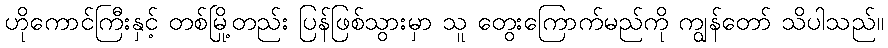
ဟိုကောင်ကြီးနှင့် တစ်မြို့တည်း ပြန်ဖြစ်သွားမှာ သူ တွေးကြောက်မည်ကို ကျွန်တော် သိပါသည်။